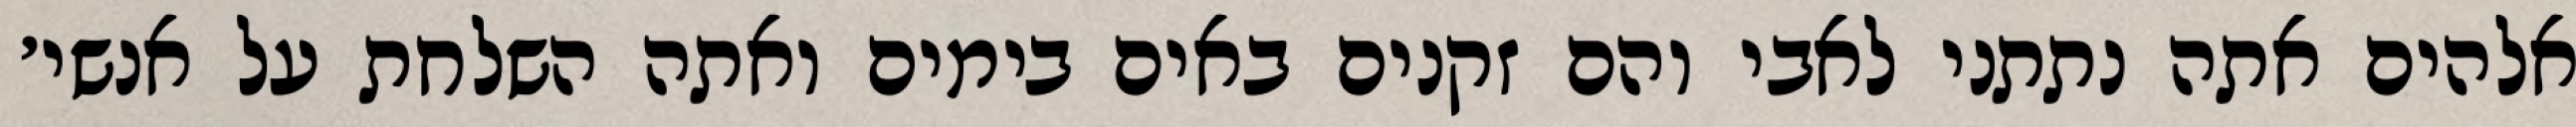
אלהים אתה נתתני לאבי והם זקנים באים בימים ואתה השלחת על אנשי׳